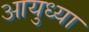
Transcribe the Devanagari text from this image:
आयुध्या